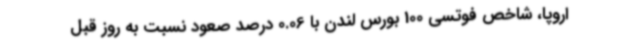
اروپا، شاخص فوتسی 100 بورس لندن با 0.06 درصد صعود نسبت به روز قبل